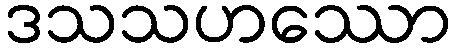
ဒသသဟဿော